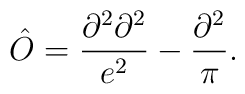
\hat{O}=\frac{\partial^2\partial^2}{e^2}-\frac{\partial^2}{\pi}.